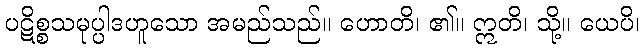
ပဋိစ္စသမုပ္ပါဒဟူသော အမည်သည်။ ဟောတိ၊ ၏။ ဣတိ၊ သို့။ ယေပိ၊